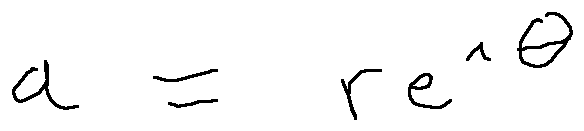
a = r e ^ { i \theta }